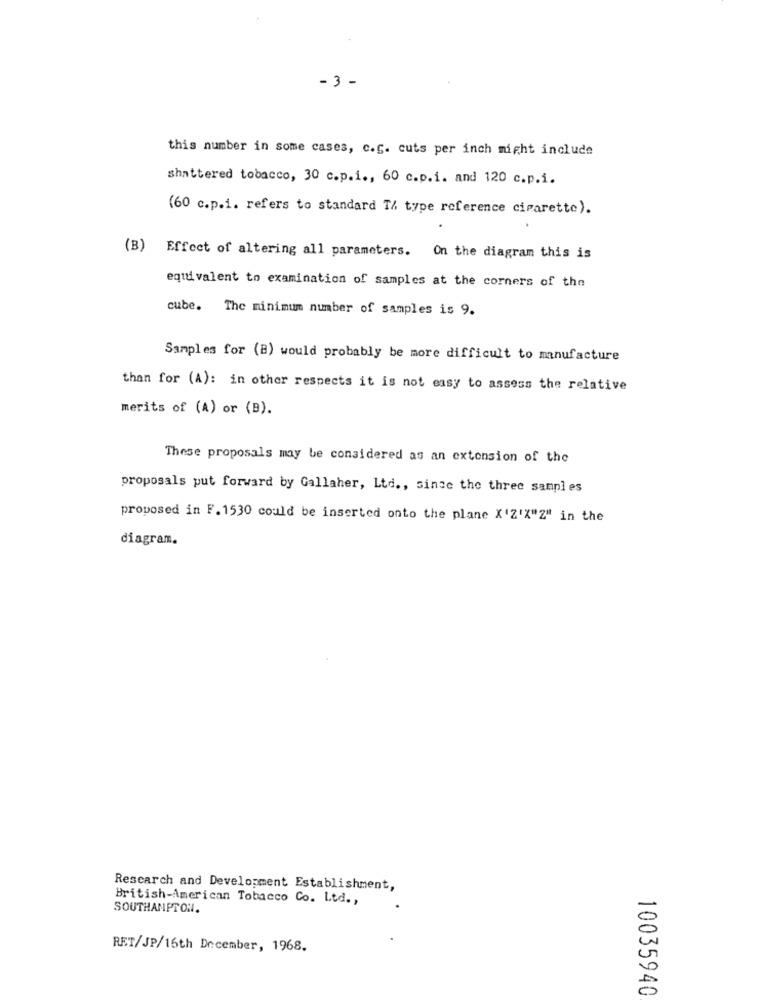
- 3 -
this number in some cases, c.g. cuts per inch might include
shattered tobacco, 30 c.p.i ., 60 c.p.i. and 120 c.p.i.
(60 c.p.i. refers to standard T/ type reference cigarette).
(B) Effect of altering all parameters. On the diagram this is
equivalent to examination of samples at the corners of the
cube. The minimum number of samples is 9.
Samples for (B) would probably be more difficult to manufacture
than for (A): in other respects it is not easy to assess the relative
merits of (A) or (B).
These proposals may be considered as an extension of the
proposals put forward by Gallaher, Ltd ., since the three samples
proposed in F. 1530 could be inserted onto the plane X'2'X"Z" in the
diagram.
Research and Development Establishment,
British-American Tobacco Co. Ltd .,
SOUTHAMPTON.
RET/JP/16th December, 1968.
10035940